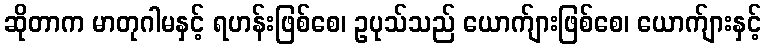
ဆိုတာက မာတုဂါမနှင့် ရဟန်းဖြစ်စေ၊ ဥပုသ်သည် ယောက်ျားဖြစ်စေ၊ ယောက်ျားနှင့်